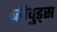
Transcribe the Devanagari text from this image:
ब्लैव़ुड्स